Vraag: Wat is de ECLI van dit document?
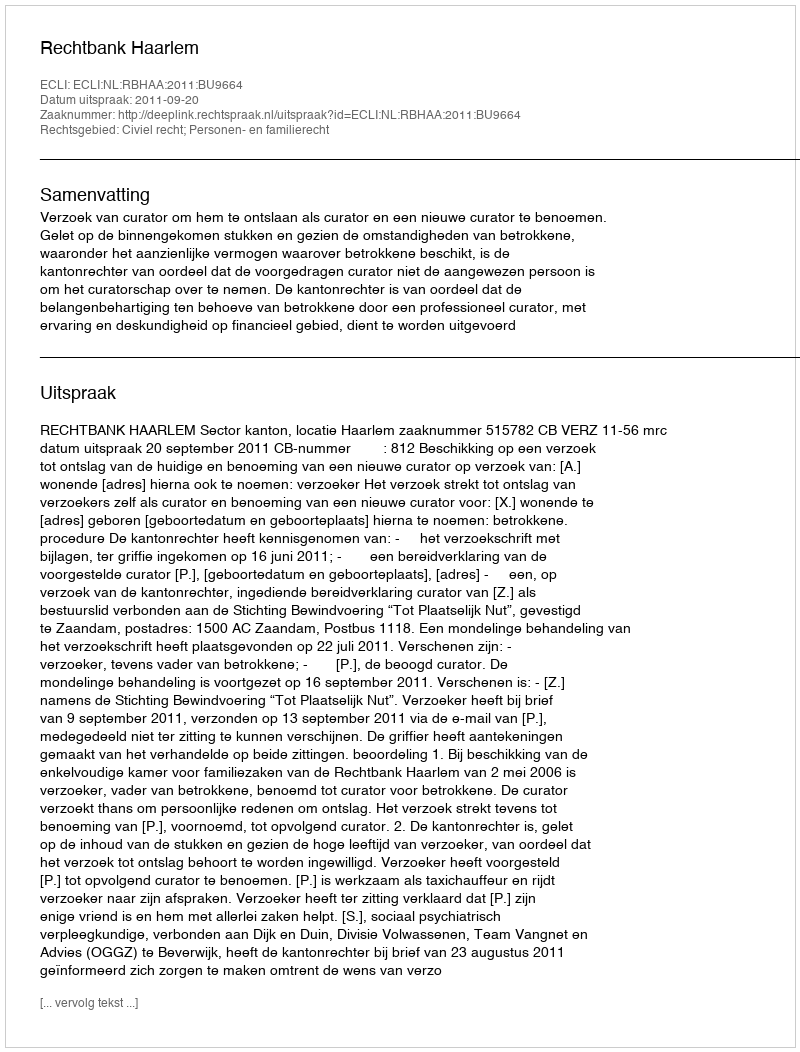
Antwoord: ECLI:NL:RBHAA:2011:BU9664